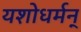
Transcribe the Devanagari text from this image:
यशोधर्मन्‌